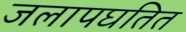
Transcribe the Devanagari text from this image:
जलापघतित